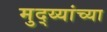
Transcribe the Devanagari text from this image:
मुद्य्यांच्या